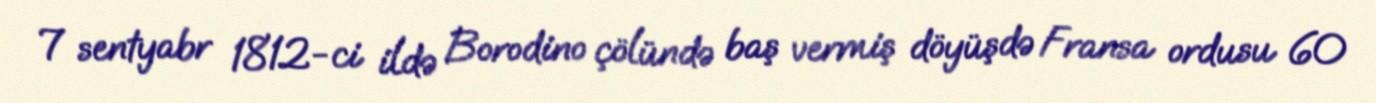
7 sentyabr 1812-ci ildə Borodino çölündə baş vermiş döyüşdə Fransa ordusu 60